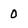
Character: 0